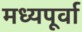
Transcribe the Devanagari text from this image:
मध्यपूर्वा